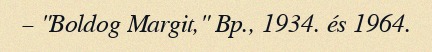
– "Boldog Margit," Bp., 1934. és 1964.